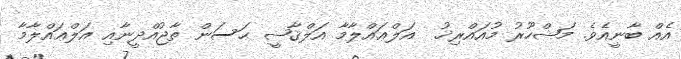
އެއް ބާނީއެވެ. މަޝްހޫރު މުއައްރިޚު  އަލްޢައްލާމާ އަލްޤާޟީ ޙަސަން ތާޖުއްދީނާއި އަލްޢައްލާމާ